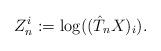
LaTeX: \begin{align*} Z^i_n:=\log((\hat T_nX)_i).\end{align*}